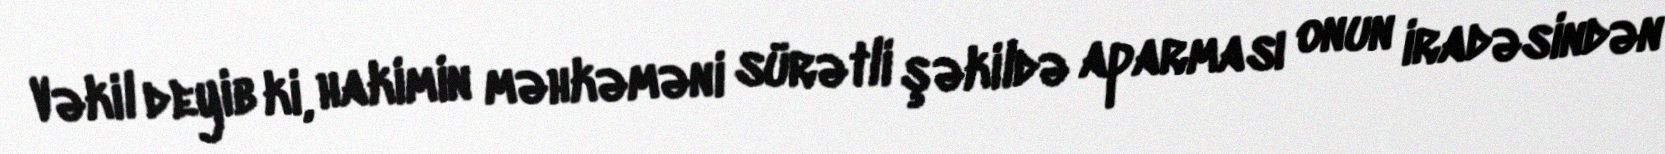
Vəkil deyib ki, hakimin məhkəməni sürətli şəkildə aparması onun iradəsindən